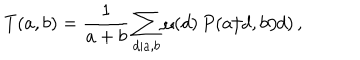
LaTeX: T ( a , b ) = \frac { 1 } { a + b } \sum _ { d | a , b } \mu ( d ) \, P ( a / d , b / d ) \, ,